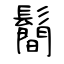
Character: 鬝